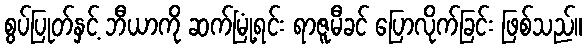
စွပ်ပြုတ်နှင့် ဘီယာကို ဆက်မြုံ့ရင်း ရာဇူမီခင် ပြောလိုက်ခြင်း ဖြစ်သည်။